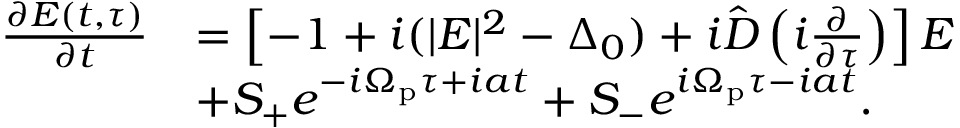
\begin{array} { r l } { \frac { \partial E ( t , \tau ) } { \partial t } } & { = \left[ - 1 + i ( | E | ^ { 2 } - \Delta _ { 0 } ) + i \hat { D } \left( i \frac { \partial } { \partial \tau } \right) \right] E } \\ & { + S _ { + } e ^ { - i \Omega _ { \mathrm { p } } \tau + i a t } + S _ { - } e ^ { i \Omega _ { \mathrm { p } } \tau - i a t } . } \end{array}